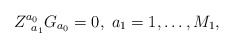
\begin{align*}Z_{\;\;a_{1}}^{a_{0}}G_{a_{0}}=0,\;a_{1}=1,\ldots ,M_{1}, \end{align*}